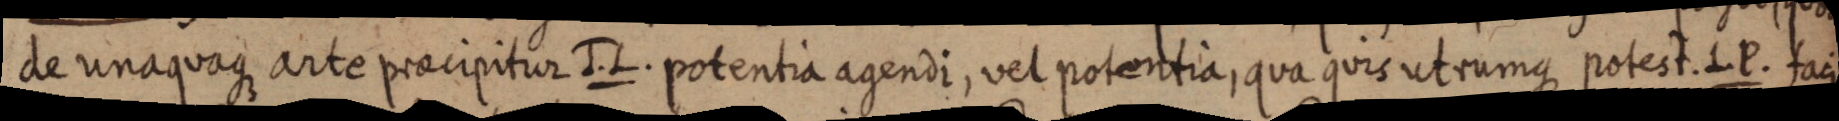
de unaquaque arte praecipitur J. L. potentia agendi, vel potantia, qua quis utrumque potest. L P. faci